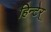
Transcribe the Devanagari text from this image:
हिन्टेर्